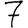
Digit: 7